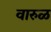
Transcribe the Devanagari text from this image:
वारुळ